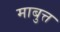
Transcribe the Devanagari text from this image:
माबुत्त